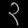
Digit: ၃